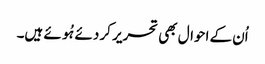
اُن کے احوال بھی تحریر کر دئے ہُوئے ہیں۔